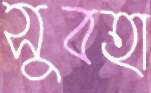
সুবহা